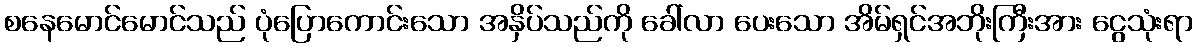
စနေမောင်မောင်သည် ပုံပြောကောင်းသော အနှိပ်သည်ကို ခေါ်လာ ပေးသော အိမ်ရှင်အဘိုးကြီးအား ငွေသုံးရာ